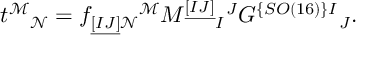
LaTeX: t ^ { \mathcal M } { } _ { \mathcal N } = f _ { \underline { { { [ I J ] } } } \mathcal { N } } { } ^ { \mathcal { M } } M ^ { \underline { { { [ I J ] } } } } { } _ { I } { } ^ { J } G ^ { \{ S O ( 1 6 ) \} I } { } _ { J } .